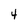
Character: 4